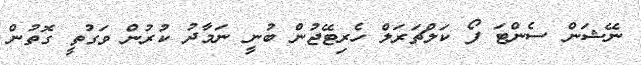
ނޭޝަން ސެންޓަ ފޯ ކަލްޗަރަލް ހެރިޓޭޖުން ބުނީ ނަމާދު ކުރުން ވަގުތީ ގޮތުން